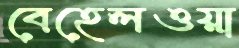
বেহেলওয়া